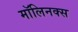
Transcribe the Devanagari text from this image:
मॉलिनक्स